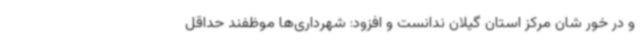
و در خور شان مرکز استان گیلان ندانست و افزود: شهرداری‌ها موظفند حداقل